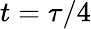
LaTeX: t=\tau/4